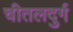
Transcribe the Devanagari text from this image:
चीतलदुर्ग